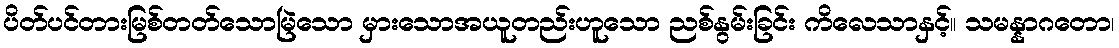
ပိတ်ပင်တားမြစ်တတ်သောမြဲသော မှားသောအယူတည်းဟူသော ညစ်နွမ်းခြင်း ကိလေသာနှင့်။ သမန္နာဂတော၊